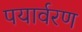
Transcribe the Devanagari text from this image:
पयार्वरण